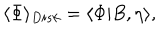
\langle \Phi \rangle _ { D i s k } = \langle \Phi | B , \eta \rangle ,